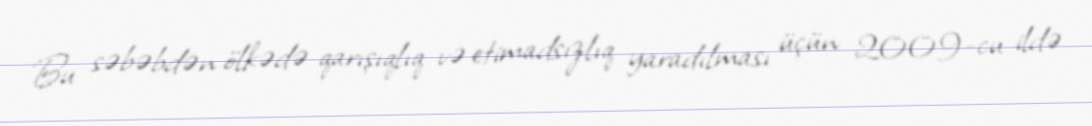
Bu səbəbdən ölkədə qarışıqlıq və etimadsızlıq yaradılması üçün 2009-cu ildə